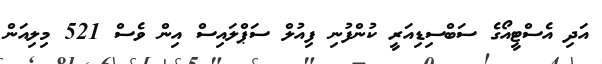
އަދި އެސްޓީއޯގެ ސަބްސިޑިއަރީ ކުންފުނި ފިއުލް ސަޕްލައިސް އިން ވެސް 521 މިލިއަން